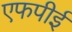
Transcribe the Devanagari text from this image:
एफपीई